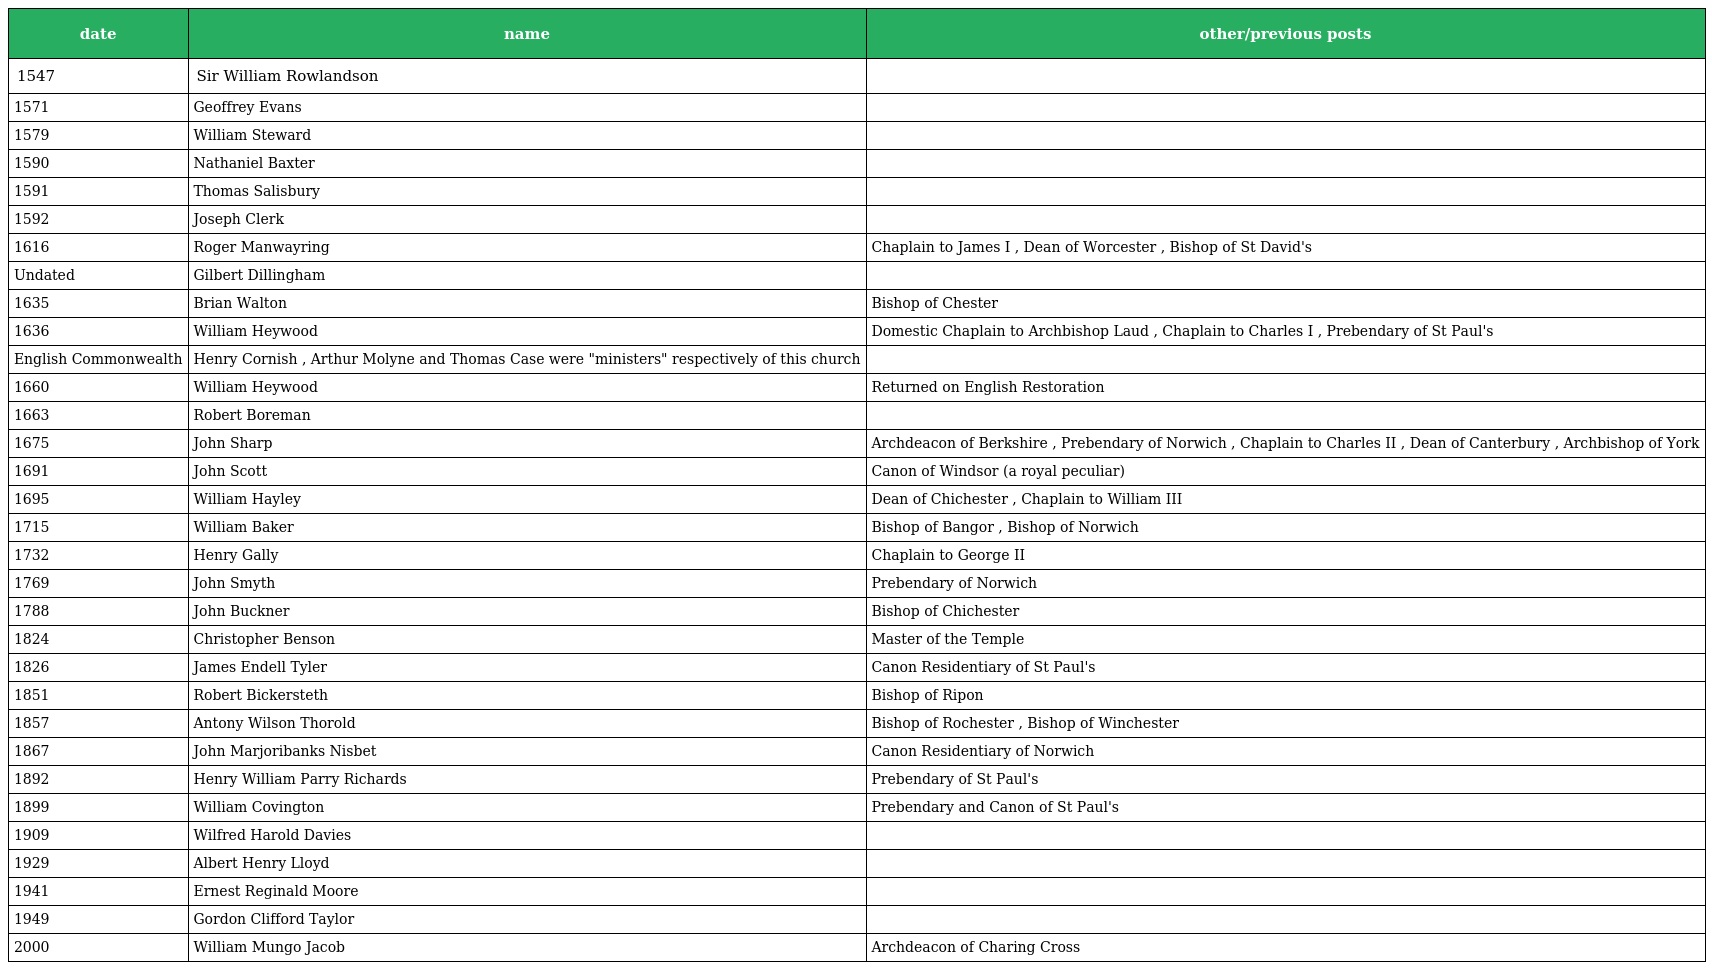
| date | name | other/previous posts |
 | --- | --- | --- |
 | 1547 | Sir William Rowlandson |  |
 | 1571 | Geoffrey Evans |  |
 | 1579 | William Steward |  |
 | 1590 | Nathaniel Baxter |  |
 | 1591 | Thomas Salisbury |  |
 | 1592 | Joseph Clerk |  |
 | 1616 | Roger Manwayring | Chaplain to James I , Dean of Worcester , Bishop of St David's |
 | Undated | Gilbert Dillingham |  |
 | 1635 | Brian Walton | Bishop of Chester |
 | 1636 | William Heywood | Domestic Chaplain to Archbishop Laud , Chaplain to Charles I , Prebendary of St Paul's |
 | English Commonwealth | Henry Cornish , Arthur Molyne and Thomas Case were "ministers" respectively of this church |  |
 | 1660 | William Heywood | Returned on English Restoration |
 | 1663 | Robert Boreman |  |
 | 1675 | John Sharp | Archdeacon of Berkshire , Prebendary of Norwich , Chaplain to Charles II , Dean of Canterbury , Archbishop of York |
 | 1691 | John Scott | Canon of Windsor (a royal peculiar) |
 | 1695 | William Hayley | Dean of Chichester , Chaplain to William III |
 | 1715 | William Baker | Bishop of Bangor , Bishop of Norwich |
 | 1732 | Henry Gally | Chaplain to George II |
 | 1769 | John Smyth | Prebendary of Norwich |
 | 1788 | John Buckner | Bishop of Chichester |
 | 1824 | Christopher Benson | Master of the Temple |
 | 1826 | James Endell Tyler | Canon Residentiary of St Paul's |
 | 1851 | Robert Bickersteth | Bishop of Ripon |
 | 1857 | Antony Wilson Thorold | Bishop of Rochester , Bishop of Winchester |
 | 1867 | John Marjoribanks Nisbet | Canon Residentiary of Norwich |
 | 1892 | Henry William Parry Richards | Prebendary of St Paul's |
 | 1899 | William Covington | Prebendary and Canon of St Paul's |
 | 1909 | Wilfred Harold Davies |  |
 | 1929 | Albert Henry Lloyd |  |
 | 1941 | Ernest Reginald Moore |  |
 | 1949 | Gordon Clifford Taylor |  |
 | 2000 | William Mungo Jacob | Archdeacon of Charing Cross |